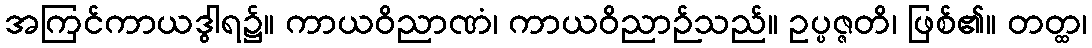
အကြင်ကာယဒွါရ၌။ ကာယဝိညာဏံ၊ ကာယဝိညာဉ်သည်။ ဥပ္ပဇ္ဇတိ၊ ဖြစ်၏။ တတ္ထ၊